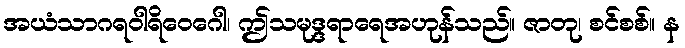
အယံသာဂရဝါရိဝေဂေါ၊ ဤသမုဒ္ဒရာရေအဟုန်သည်။ ဇာတု၊ စင်စစ်။ န